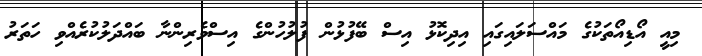
މިއީ އޯޑިއޯތަކުގެ މައްސަލަައިގައި އިދިކޮޅު އިސް ބޭފުޅުން ފުލުހުންގެ އިސްވެރިންނާ ބައްދަލުކުރެއްވި ހަތަރު